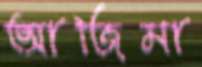
আজিমা